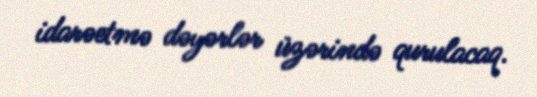
idarəetmə dəyərlər üzərində qurulacaq.